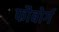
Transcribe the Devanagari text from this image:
फौबोर्ग